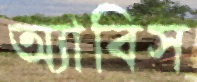
অ্যাবিস